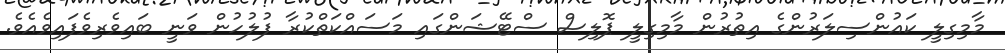
މާމިގިލީ ކައުންސިލަރުންގެ އިތުރުން މާމިގިލީ ޕޮލިސް ސްޓޭޝަންގައި މަސައްކަތްކުރާ ފުލުހުން ވަނީ ބައިވެރިވެފައިވެއެވެ.